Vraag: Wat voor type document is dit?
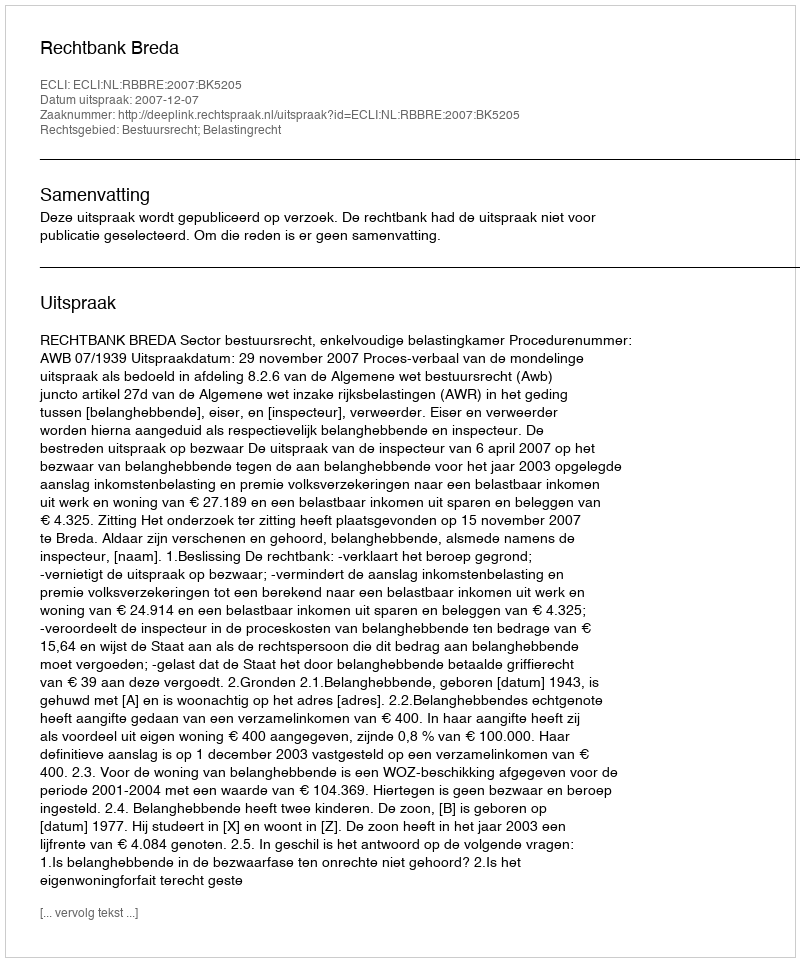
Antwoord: Uitspraak